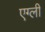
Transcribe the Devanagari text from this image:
एग्ली